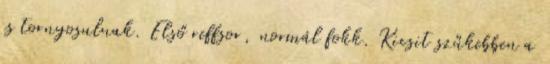
is tornyosulnak. Első reffsor, normál fokk. Kicsit szűkebben a